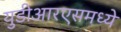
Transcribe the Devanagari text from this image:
युडीआरएसमध्ये